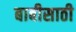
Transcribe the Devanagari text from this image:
बाबीसाठी